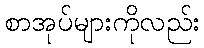
စာအုပ်များကိုလည်း